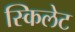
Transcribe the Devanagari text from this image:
स्किलेट